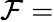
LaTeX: {\cal F}=